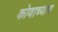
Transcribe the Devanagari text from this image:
कोणाच्याच